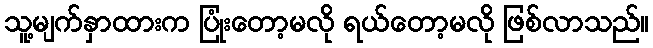
သူ့မျက်နှာထားက ပြုံးတော့မလို ရယ်တော့မလို ဖြစ်လာသည်။